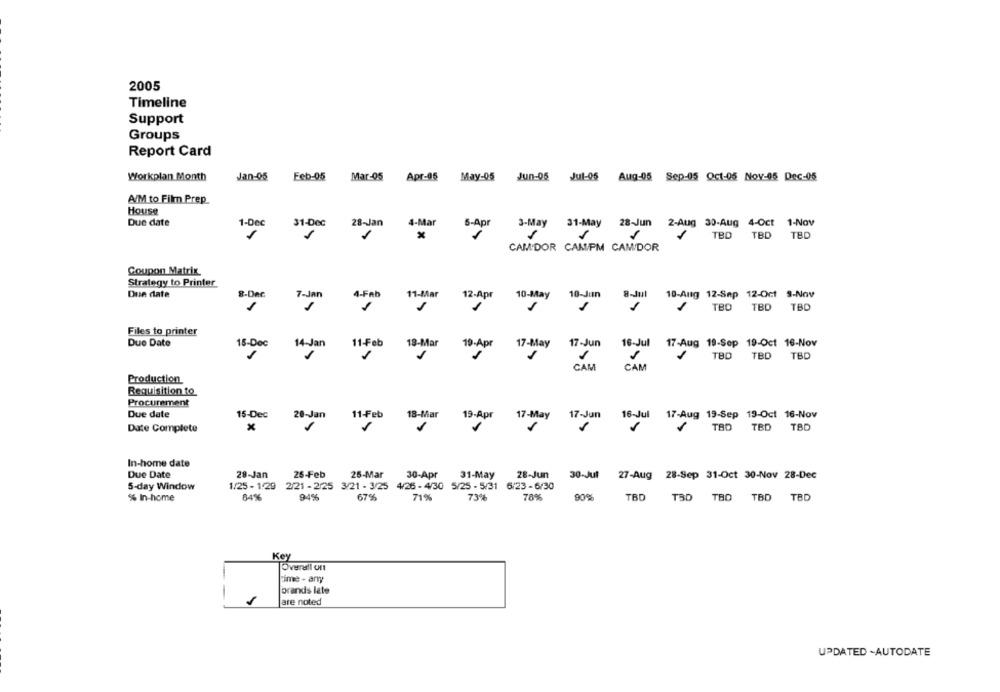
2005
Timeline
Support
Groups
Report Card
Workplan Month
Jan-05
Feb-05
Mar-05 Apr-05 May-05 Jun-06 Jul-05 Aug-05 Sep-05 Oct-05 Nov-05 Dec-05
A/M to Film Prep
House
Due date
4-Mar
5-Apr
3-May 31-May 28-Jun 2-Aug 30-Aug 4-Oct 1-Nov
1-Dec
31-Dec
28-Jan
TBD
TBD
TBD
CAM.DOR CAM/PM CAM/DOR
Coupon Matrix
Strategy to Printer
Due date
8-Dec
7-Jan
4-Feb
11-Mar
12-Apr
10-May
10-Jun
8-Jul
10-Aug 12-Sep 12-Oct 3-Nov
1
TBD
TBD
TBD
Files to printer
Due Date
15-Dec
14-Jan
11-Feb
18-Mar
17-May
17-Jun
16-Jul
16-Jul 17-Aug 19-Sep 19-Oct 16-Nov
19-Apr
TBD
TBD
TBD
CAM
CAM
Production
Requisition to
Procumment
Due date
15-Dec
17-Jun
17-Aug 19-Sep 13-Oct 16-Nov
20-Jan
11-Feb
18-Mar
19-Apr
17-May
16-Jul
Date Complete
x
TBD
TBD
TBD
In-home date
Due Date
28-Jan
25-Feb
25-Mar
30-Apr
31-May
28-Jun
30-Jul 27-Aug 28-Sep 31-Oct 30-Nov 28-Dec
5-day Window
1/25 - 1:29 2/21 - 2/25 3/21 - 3/25 4/26 - 4/30 5/25 - 5/31 6/23 - 6/30
% In-home
84%
94%
67%
71%
73%
78%
90%
TBD
TSD TBD
TBD
TBD
Key
Overall ont
time - any
brands late
1
are noted
UPDATED -AUTODATE